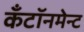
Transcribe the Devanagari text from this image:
कँटॉनमेन्ट